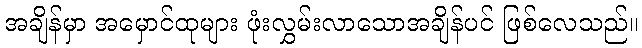
အချိန်မှာ အမှောင်ထုများ ဖုံးလွှမ်းလာသောအချိန်ပင် ဖြစ်လေသည်။